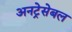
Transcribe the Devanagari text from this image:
अनट्रेसेबल